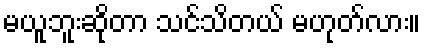
မယူဘူးဆိုတာ သင်သိတယ် မဟုတ်လား။